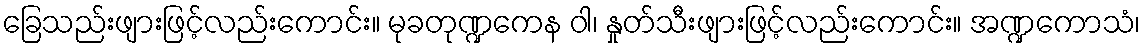
ခြေသည်းဖျားဖြင့်လည်းကောင်း။ မုခတုဏ္ဍကေန ဝါ၊ နှုတ်သီးဖျားဖြင့်လည်းကောင်း။ အဏ္ဍကောသံ၊